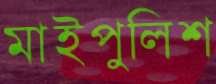
মাইপুলিশ